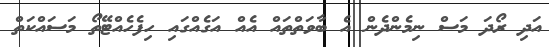
އަދި ރޯދަ މަސް ނިމެންދެން އެ ބާވަތްތައް އެއް އަގެއްގައި ހިފެހެއްޓޭތޯ މަސައްކަތް